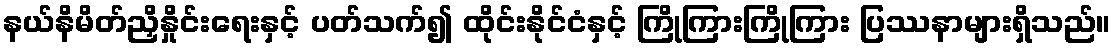
နယ်နိမိတ်ညှိနှိုင်းရေးနှင့် ပတ်သက်၍ ထိုင်းနိုင်ငံနှင့် ကြိုကြားကြိုကြား ပြဿနာများရှိသည်။